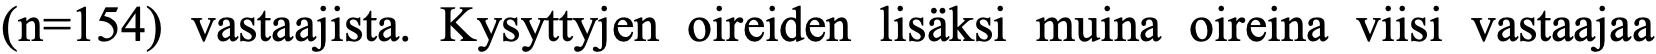
(n=154) vastaajista. Kysyttyjen oireiden lisäksi muina oireina viisi vastaajaa